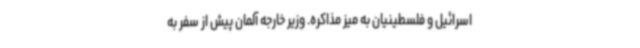
اسرائیل و فلسطینیان به میز مذاکره. وزیر خارجه آلمان پیش از سفر به